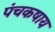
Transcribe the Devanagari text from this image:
पंचकषाय